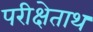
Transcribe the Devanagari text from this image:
परीक्षेताथ